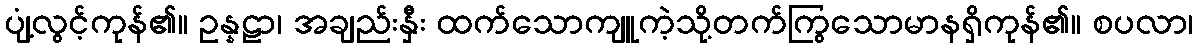
ပျံ့လွင့်ကုန်၏။ ဥန္နဠာ၊ အချည်းနှီး ထက်သောကျူကဲ့သို့တက်ကြွသောမာနရှိကုန်၏။ စပလာ၊